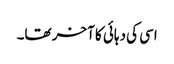
اسی کی دہائی کا آخر تھا۔